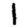
Digit: 1